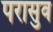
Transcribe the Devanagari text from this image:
परासुव